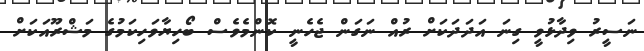
ނަސީރު ވިދާޅުވީ ގިނަ އަދަދަކަށް ރުއް ނަގަން ޖެހެނީ ކޮންމެވެސް ބޯހިޔާވަހިކަމުގެ މަޝްރޫއަކަށް